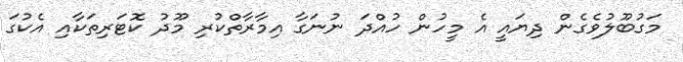
މަގުބޫލުވެގެން ދިޔައީ އެ މީހުން ހުއްދަ ނުނަގާ އިމާރާތްކުރި މޫދު ކޮޓަރިތަކާއި އެކުގަ